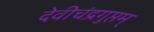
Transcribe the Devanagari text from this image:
देवीचंद्रगुप्तम्‌